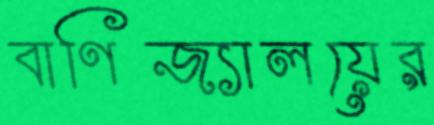
বাণিজ্যালয়ের